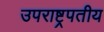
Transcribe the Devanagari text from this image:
उपराष्ट्रपतीय